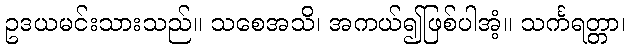
ဥဒယမင်းသားသည်။ သစေအသိ၊ အကယ်၍ဖြစ်ပါအံ့။ သင်္ကရတ္တာ၊